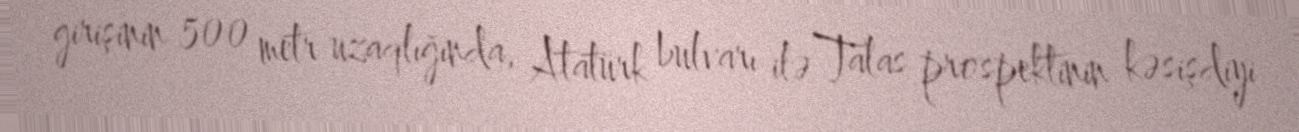
girişinin 500 metr uzaqlığında, Atatürk bulvarı ilə Talas prospektinin kəsişdiyi